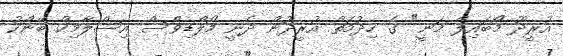
އުރީދޫ މޯބައިލް މަނީ" ގެ ހިދުމަތް އުރީދޫން ދެނީ މޯލްޑިވްސް އިސްލާމިކް ބޭންކު